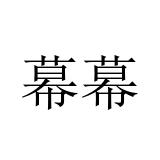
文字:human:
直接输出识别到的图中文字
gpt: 幕幕